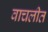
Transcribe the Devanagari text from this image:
वाचलीत